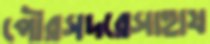
পৌরসদরেসাহায